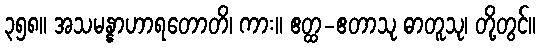
၃၅၈။ အသမန္နာဟာရတောတိ၊ ကား။ ဧတ္ထ-ဧတာသု ဓာတူသု၊ တို့တွင်။